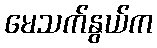
မေသက်နွယ်က